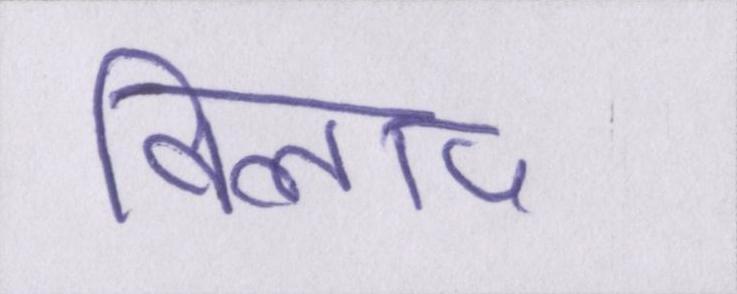
विलाप